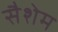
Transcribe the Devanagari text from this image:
सैशेम